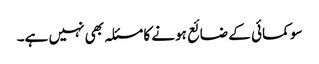
سو کمائی کے ضائع ہونے کا مسئلہ بھی نہیں ہے۔